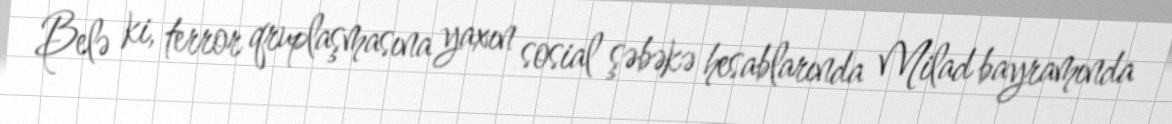
Belə ki, terror qruplaşmasına yaxın sosial şəbəkə hesablarında Milad bayramında